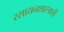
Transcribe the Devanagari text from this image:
रसायनशास्त्राशी